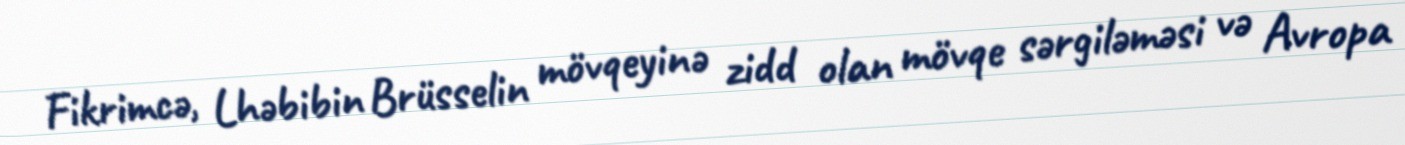
Fikrimcə, Lhəbibin Brüsselin mövqeyinə zidd olan mövqe sərgiləməsi və Avropa